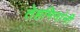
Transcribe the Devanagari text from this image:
तेहमिनांनी